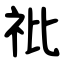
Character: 䃾